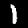
Label: 1